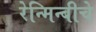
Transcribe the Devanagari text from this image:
रेन्मिन्बीचे